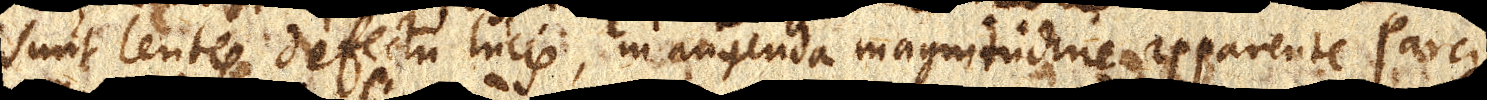
sunt lentes defectu lucis, in augenda magnitudine apparente parci